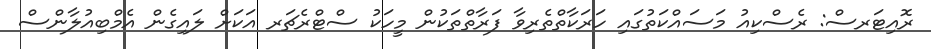
ރޮއިޓަރސް: ރެސްކިއު މަސައްކަތުގައި ހަރަކާތްތެރިވާ ފަރާތްތަކުން މީހަކު ސްޓްރެޗަރ އަކަށް ލައިގެން އެމްބިއުލާންސް